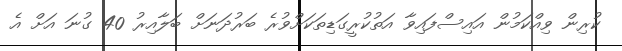
ކުރިން ވިއްކަމުން އައިސްފައިވާ އަތުކުރީގަޑިތަކަށްވުރެ ބަރުދަނަށް ބަލާއިރު 40 ގުނަ އަށް އެ